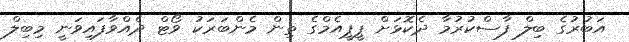
އަބުރުގެ ބިލް ފާސްކުރުމާ ދެކޮޅަށް ޕީޕީއެމްގެ ތިން މެންބަރަކު ވޯޓް ދެއްވާފައިވަނީ މިބިލް